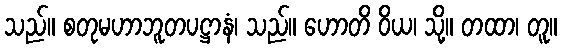
သည်။ စတုမဟာဘူတပဋ္ဌာနံ၊ သည်။ ဟောတိ ဝိယ၊ သို့။ တထာ၊ တူ။